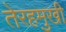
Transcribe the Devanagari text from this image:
तेरहमुखी